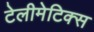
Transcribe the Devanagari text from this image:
टेलीमेटिक्स